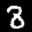
Label: 8